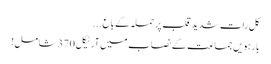
کل رات شدید قلب پرحملہ کے باع ...
بارہویں جماعت کے نصاب میں آرٹیکل 370 شامل!